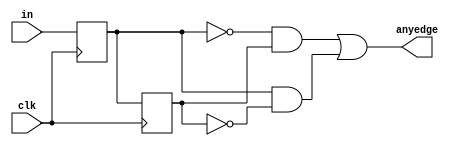
module top_module (
    input clk,
    input [7:0] in,
    output  [7:0] anyedge
);

	reg [7:0] reg1, reg2;
	
 always @ (posedge clk) begin
    
	 reg1 <= in;
     reg2 <= reg1;
	
end

assign anyedge = ((~reg1) & (reg2)) | (reg1 & (~reg2));

endmodule